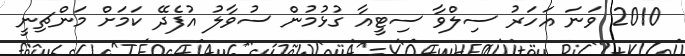
2010 ވަނަ އަހަރު ސިލްވާ ސިޓީއާ ގުޅުމުން ސުވާލު އުފެދޭ ކަމަށް މަންޗިނީ